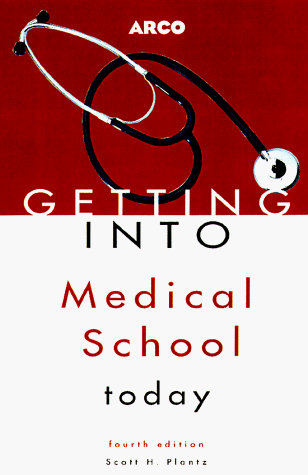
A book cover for Getting Into Medical School Today (Arco Getting Into Medical School Today); Arco; Education & Teaching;